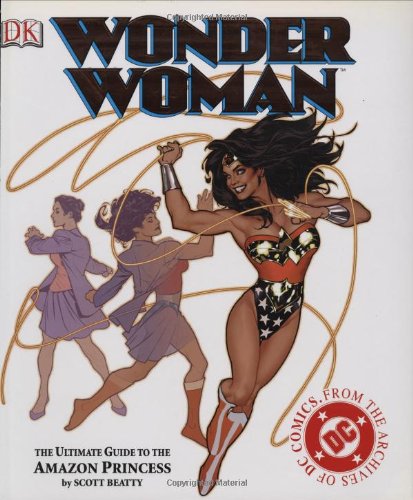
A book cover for Wonder Woman: The Ultimate Guide to The Amazon Princess; Scott Beatty; Children's Books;